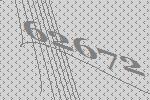
62672